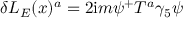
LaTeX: \delta { \cal L } _ { E } ( x ) ^ { a } = 2 \mathrm { i } m \psi ^ { + } T ^ { a } \gamma _ { 5 } \psi